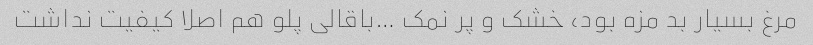
مرغ بسیار بد مزه بود، خشک و پر نمک …باقالی پلو هم اصلا کیفیت نداشت